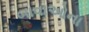
બાવાઓના